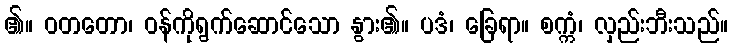
၏။ ဝတတော၊ ဝန်ကိုရွက်ဆောင်သော နွား၏။ ပဒံ၊ ခြေရာ။ စက္ကံ၊ လှည်းဘီးသည်။